Punjab Mental Hospital Lahore 1932-46 - 1932-1946
Year: 1932
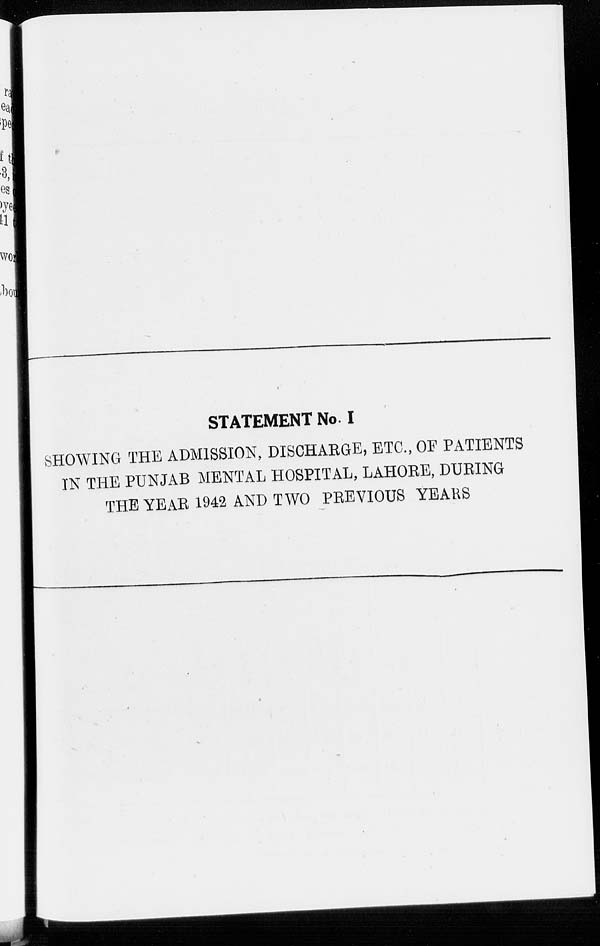
STATEMENT No. I
SHOWING THE ADMISSION, DISCHARGE, ETC., OF PATIENTS
IN THE PUNJAB MENTAL HOSPITAL, LAHORE, DURING
THE YEAR 1942 AND TWO PREVIOUS YEARS